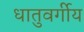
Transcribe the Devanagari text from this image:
धातुवर्गीय